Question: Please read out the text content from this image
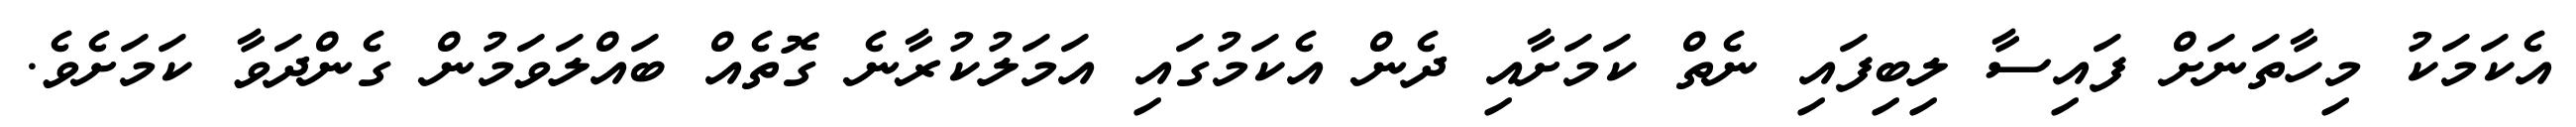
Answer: އެކަމަކު މިހާތަނަށް ފައިސާ ލިބިފައި ނެތް ކަމަށާއި ދެން އެކަމުގައި އަމަލުކުރާނެ ގޮތެއް ބައްލަވަމުން ގެންދަވާ ކަމަށެވެ.